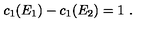
c _ { 1 } ( E _ { 1 } ) - c _ { 1 } ( E _ { 2 } ) = 1 \ .